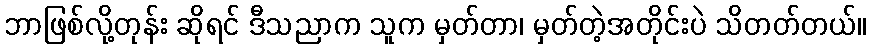
ဘာဖြစ်လို့တုန်း ဆိုရင် ဒီသညာက သူက မှတ်တာ၊ မှတ်တဲ့အတိုင်းပဲ သိတတ်တယ်။